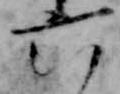
六